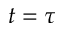
t = \tau